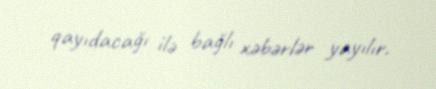
qayıdacağı ilə bağlı xəbərlər yayılır.